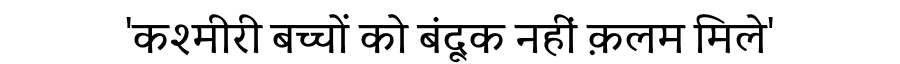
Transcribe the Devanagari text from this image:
'कश्मीरी बच्चों को बंदूक नहीं क़लम मिले'